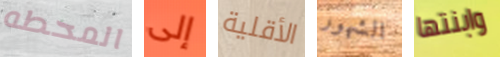
المحطه إلى الأقلية الشهور وابنتها